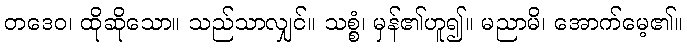
တဒေဝ၊ ထိုဆိုသော။ သည်သာလျှင်။ သစ္စံ၊ မှန်၏ဟူ၍။ မညာမိ၊ အောက်မေ့၏။